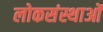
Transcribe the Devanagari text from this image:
लोकसंस्थाओं